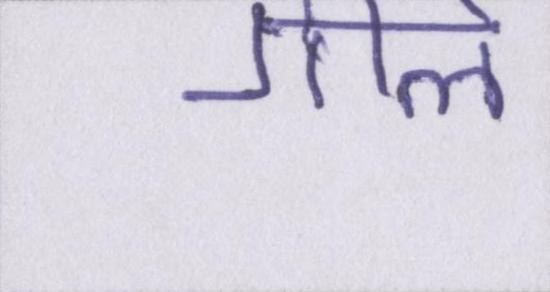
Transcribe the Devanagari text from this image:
गीले